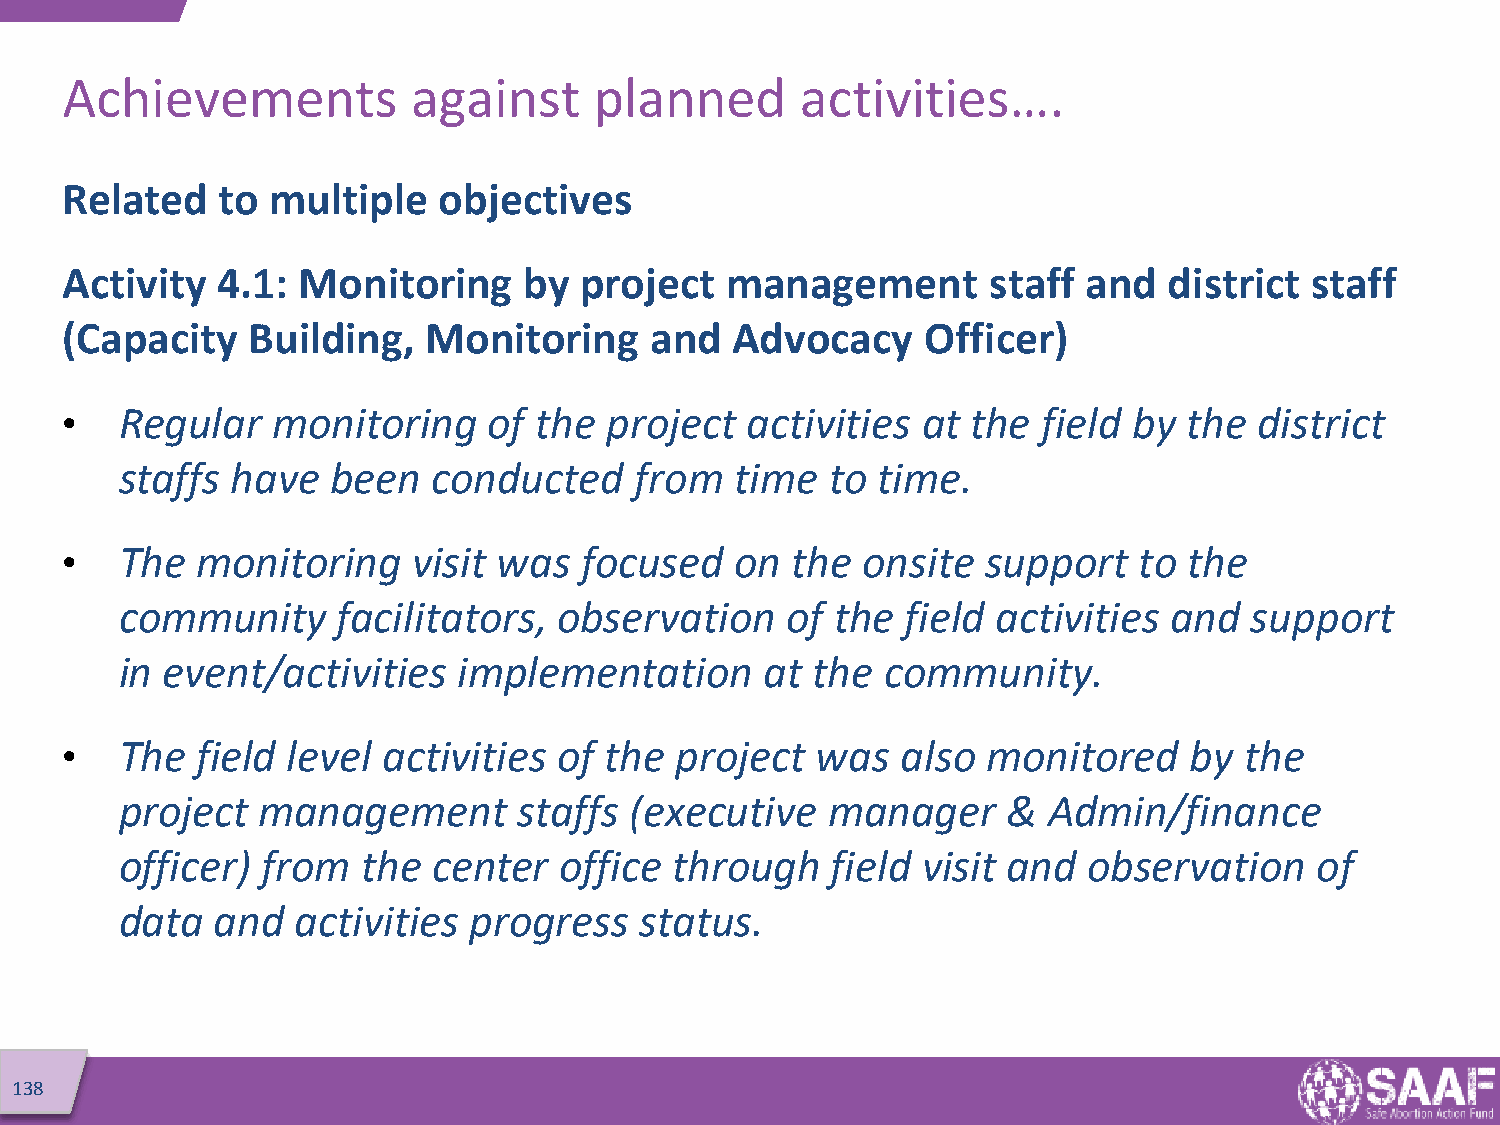
Achievements           against     planned       activities….
 Related   to  multiple   objectives
 Activity  4.1:  Monitoring     by project   management        staff and  district  staff
 (Capacity   Building,   Monitoring     and  Advocacy     Officer)
 •   Regular   monitoring    of the  project  activities  at the  field by  the district
 staffs have   been   conducted    from   time  to time.
 •   The  monitoring    visit was  focused    on the  onsite  support   to  the
 community     facilitators,  observation    of the  field activities  and  support
 in event/activities   implementation       at the  community.
 •   The  field level activities  of the  project  was   also monitored     by the
 project  management       staffs  (executive   manager     & Admin/finance
 officer) from   the  center  office  through   field visit and  observation    of
 data  and   activities progress   status.
 138